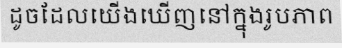
ដូចដែលយើងឃើញនៅក្នុងរូបភាព